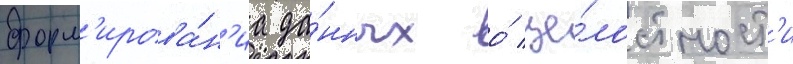
форм'ирова́н'иа да́нных о́ це́лостност'и